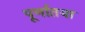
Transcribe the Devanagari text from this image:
पूर्णातया